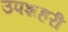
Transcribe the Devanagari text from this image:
उपशहरी